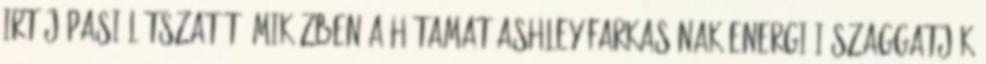
irtójópasi látszatát, miközben a hátamat Ashley farkasának energiái szaggatják